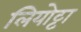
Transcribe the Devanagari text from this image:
लियोट्टा